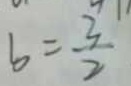
b = \frac { 3 } { 2 }